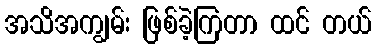
အသိအကျွမ်း ဖြစ်ခဲ့ကြတာ ထင် တယ်